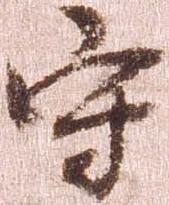
守